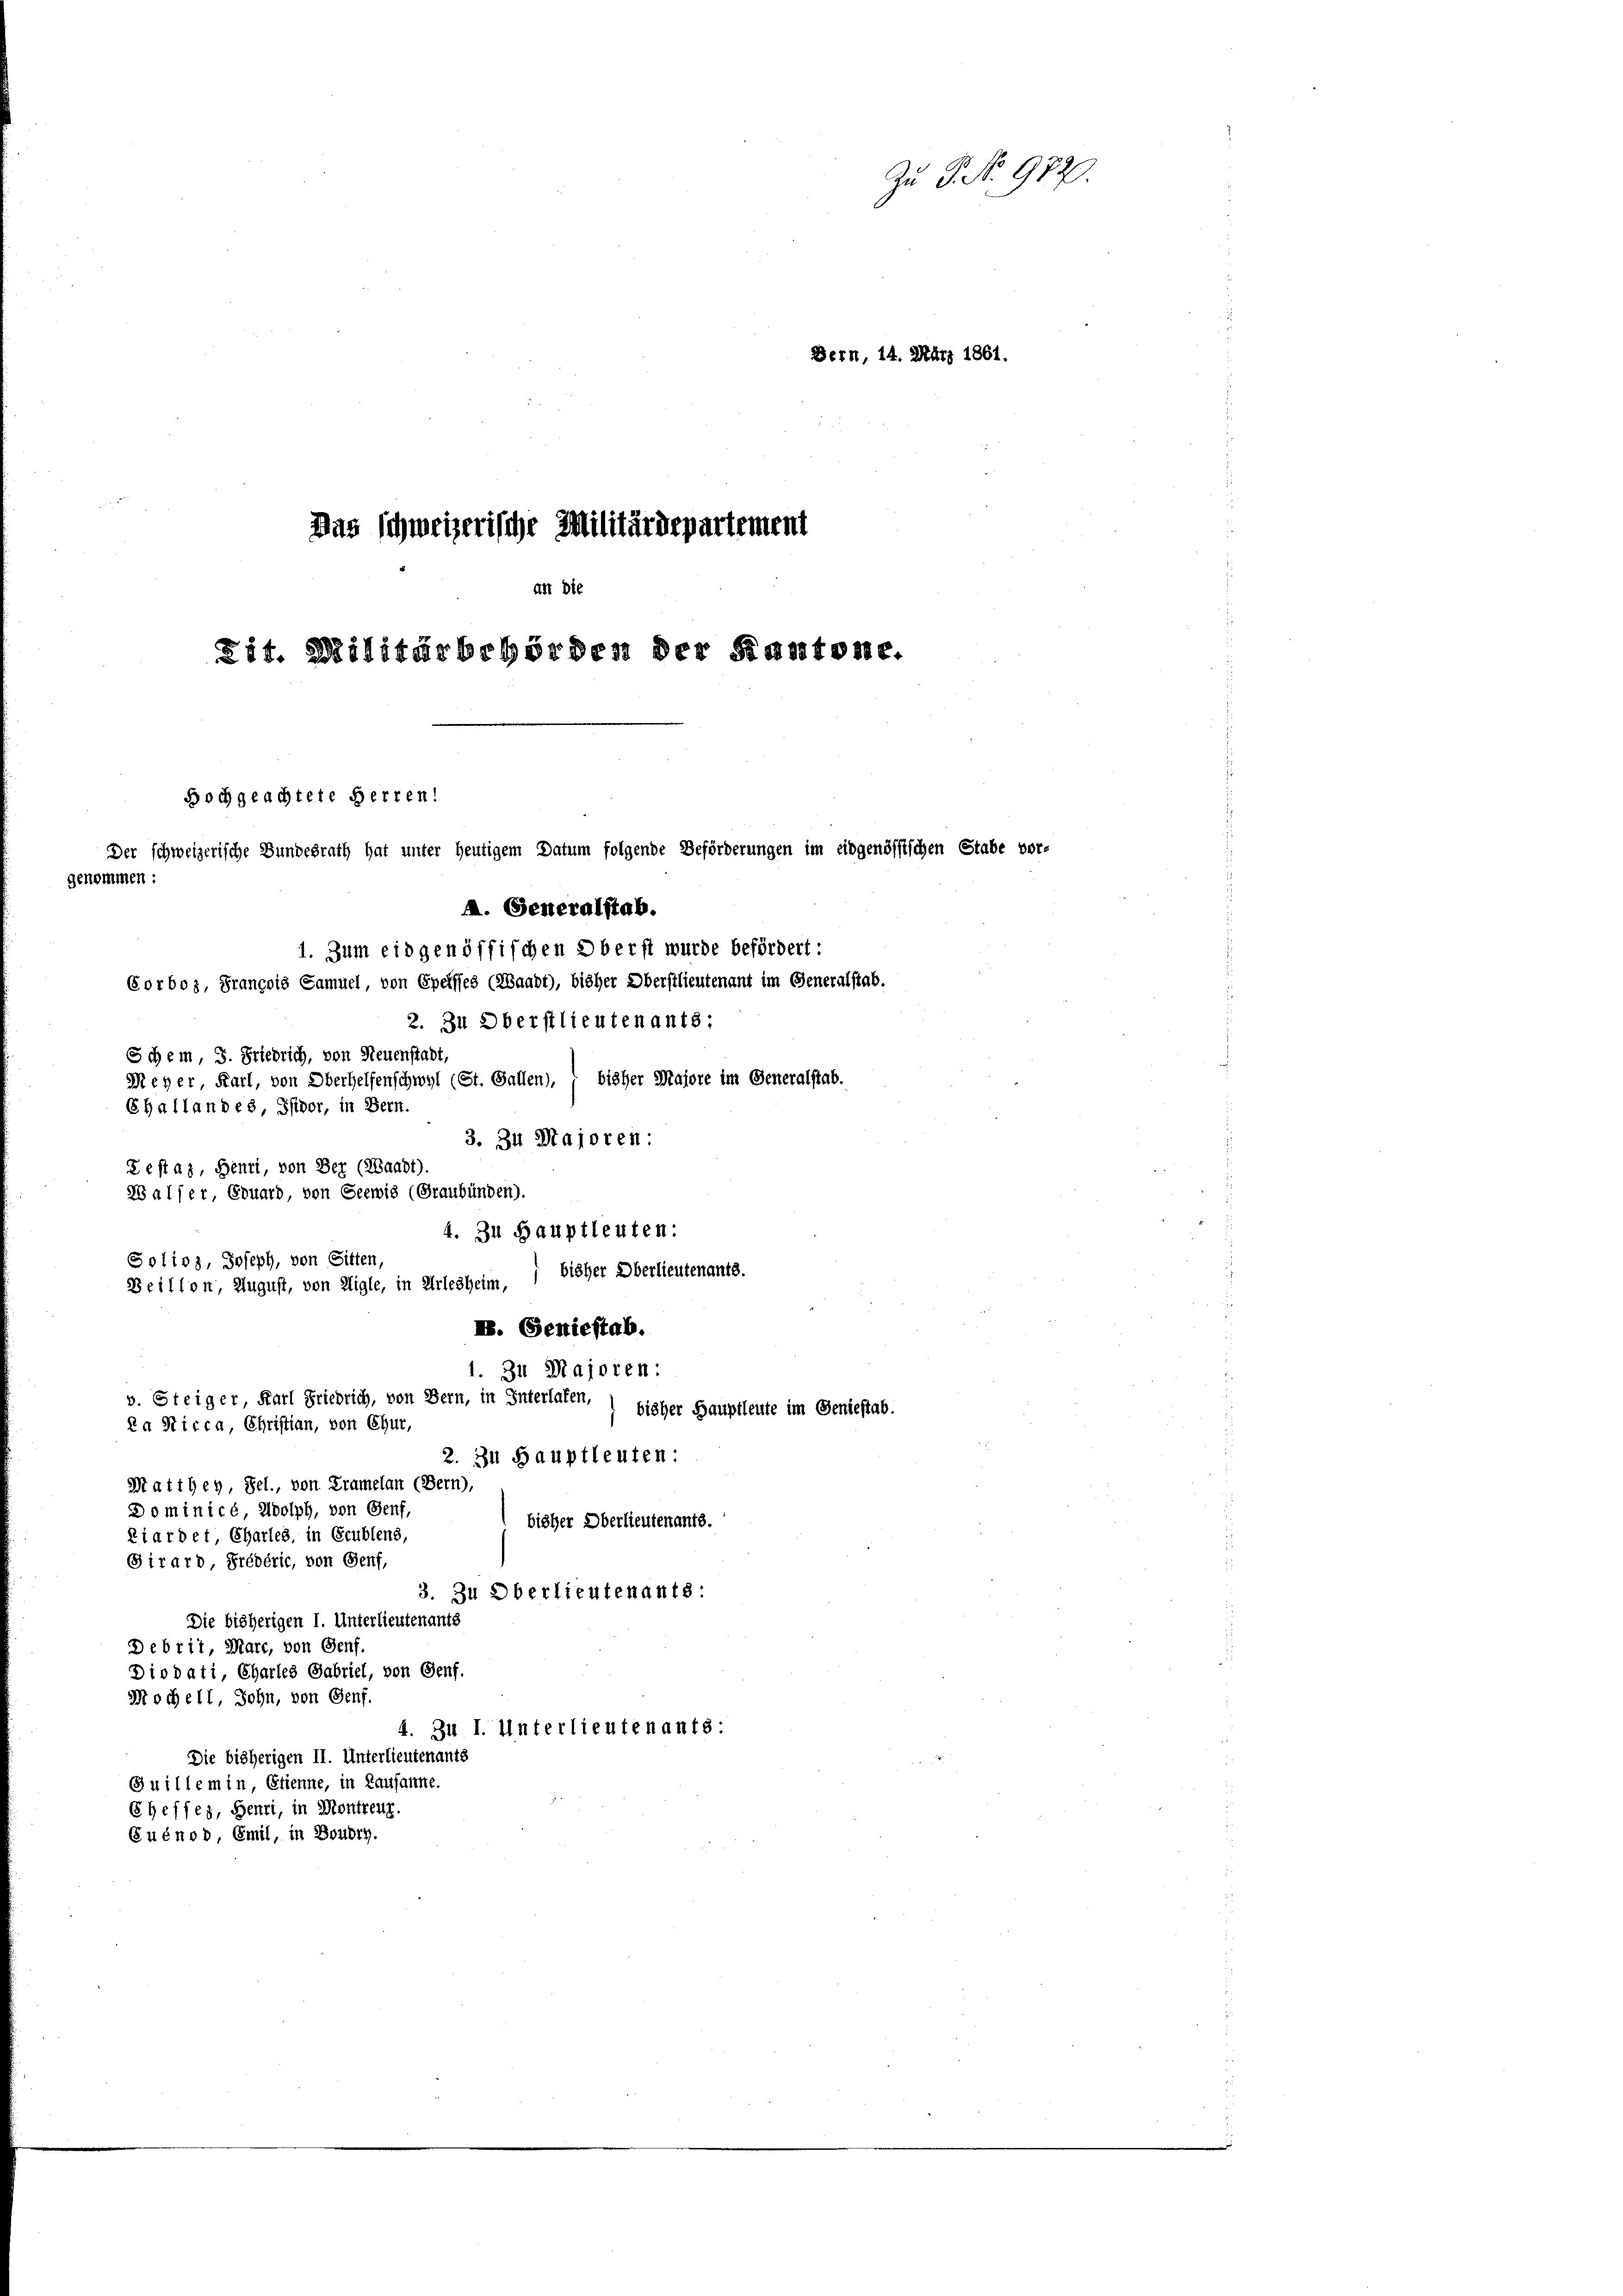
Zu P. No. 972.
Bern, 14. März 1861.

Das schweizerische Militärdepartement
an die
Tit. Militärbehörden der Kantone.
Hochgeachtete Herren!
Der schweizerische Bundesrath hat unter heutigem Datum folgende Beförderungen im eidgenössischen Stabe vor-
gekommen:

M. Generalstab.
1. Zum eidgenöffischen Oberst wurde befördert:
Corboz, François Samuel, von Speisses (Waadt), bisher Oberstlieutenant im Generalstab.
2. Zu Oberstlieutenants:
Schem, 3. Friedrich, von Neuenstadt,
Meyer, Karl, von Oberhelfenschwyl (St. Gallen), 7 bisher Majore im Generalstab.
Challandes, Isidor, in Bern.
3. 34 Majoren:
Testas, Benti, von Ber (Waadt).
28 als er, Eduard, von Seewis (Graubünden).
4. Zu Hauptleuten:
Solios, Joseph, von Sitten,
bisher Oberlieutenants.
Beillon, August, von Aigle, in Arlesheim,
I. (Geniestab.
1. 311 Majoren:
v. Steiger, Karl Friedrich, von Bern, in Interlafen,
bisher Hauptleute im Geniestab.
Ra Nicca, Christian, von Chur,
2. Zu Hauptleuten:
Maithey, Sel., von Kramelan (Bern),
Dominicé, Adolph, von Genf,
bisher Oberlieutenants.
Ziardet, Charles, in Grublens,
Girard, Prédéric, von Genf,
3. Zu Oberlieutenants:
Die bisherigen I. Unterlieutenants
Debrit, Mare, von Genf.
Diodati, Charles Gabriel, von Genf.
Mochell, Sohn, von Genf.
4. Zu I. Unterlieutenants:
Die bisherigen II. Unterlieutenants
Guillemin, Etienne, in Lausanne.
Cheffes, Henri, in Montreur.
Euénod, Emil, in Boudry.